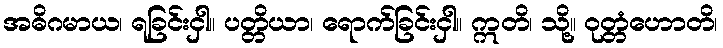
အဓိဂမာယ၊ ရခြင်းငှါ။ ပတ္တိယာ၊ ရောက်ခြင်းငှါ။ ဣတိ၊ သို့။ ဝုတ္တံဟောတိ၊